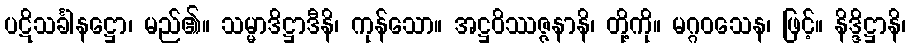
ပဋိသင်္ခါနဋ္ဌော၊ မည်၏။ သမ္မာဒိဋ္ဌာဒီနိ၊ ကုန်သော။ အဋ္ဌဝိဿဇ္ဇနာနိ၊ တို့ကို။ မဂ္ဂဝသေန၊ ဖြင့်။ နိဒ္ဒိဋ္ဌာနိ၊